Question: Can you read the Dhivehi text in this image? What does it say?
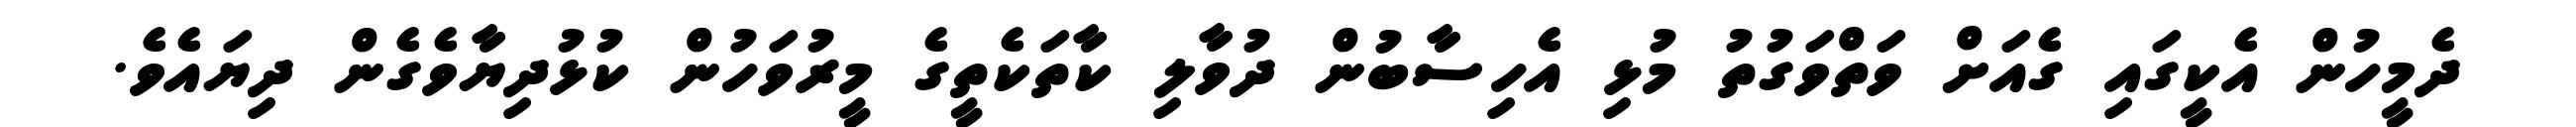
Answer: ދެމީހުން އެކީގައި ގެއަށް ވަތްވަގުތު މުޅި އެހިސާބުން ދުވާލި ކާތަކެތީގެ މީރުވަހުން ކުޅުދިޔާވެގެން ދިޔައެވެ.